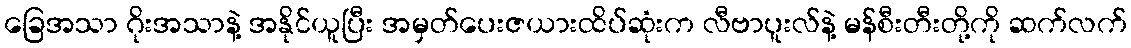
ခြေအသာ ဂိုးအသာနဲ့ အနိုင်ယူပြီး အမှတ်ပေးဇယားထိပ်ဆုံးက လီဗာပူးလ်နဲ့ မန်စီးတီးတို့ကို ဆက်လက်